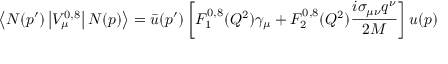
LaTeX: \left\langle N ( p ^ { \prime } ) \left| V _ { \mu } ^ { 0 , 8 } \right| N ( p ) \right\rangle = \bar { u } ( p ^ { \prime } ) \left[ F _ { 1 } ^ { 0 , 8 } ( Q ^ { 2 } ) \gamma _ { \mu } + F _ { 2 } ^ { 0 , 8 } ( Q ^ { 2 } ) \frac { i \sigma _ { \mu \nu } q ^ { \nu } } { 2 M } \right] u ( p )